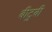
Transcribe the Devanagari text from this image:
बीटुबी